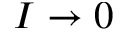
I \to 0